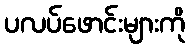
ပလပ်ဖောင်းများကို